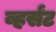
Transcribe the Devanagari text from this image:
व्हर्संट